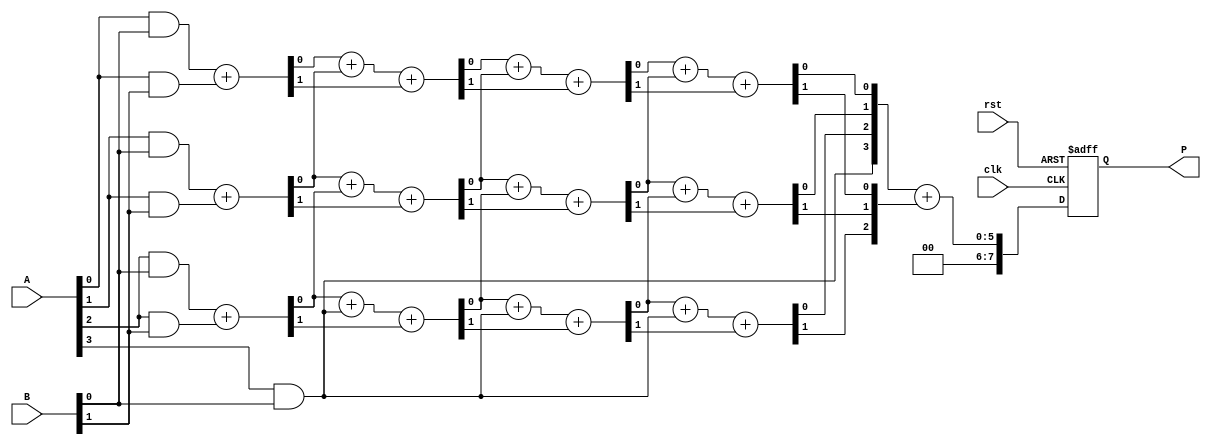
module WallaceTreeMultiplier #(parameter n = 4) (
    input  [n-1:0] A,
    input  [n-1:0] B,
    input  clk,
    input  rst,
    output reg [2*n-1:0] P
);

    reg [n-1:0] partial_products[n-1:0];
    wire [n:0] sum[n-1:0];
    wire [n-1:0] carry[n-1:0];

    // Generate Partial Products
    generate
        genvar i, j;
        for (i = 0; i < n; i = i + 1) begin : partial_product_gen
            for (j = 0; j < n; j = j + 1) begin : pp_gen
                assign partial_products[i][j] = A[j] & B[i];
            end
        end
    endgenerate

    // Wallace Tree Reduction
    // Stage 0: Assign the first level of sums and carries
    genvar k;
    generate
        for (k = 0; k < n; k = k + 1) begin : reduction_stage_0
            if (k < n-1) begin
                assign {carry[0][k], sum[0][k]} = partial_products[0][k] + partial_products[1][k];
            end else begin
                assign sum[0][k] = partial_products[0][k];
                assign carry[0][k] = 0;
            end
        end
    endgenerate

    // Subsequent Reduction Stages
    genvar stage;
    for (stage = 1; stage < n; stage = stage + 1) begin : reduction_stages
        for (k = 0; k < n; k = k + 1) begin : reduction
            if (k < n-1) begin
                assign {carry[stage][k], sum[stage][k]} = sum[stage-1][k] + sum[stage-1][k+1] + carry[stage-1][k];
            end else begin
                assign sum[stage][k] = sum[stage-1][k];
                assign carry[stage][k] = carry[stage-1][k];
            end
        end
    end

    // Final Addition
    always @(posedge clk or posedge rst) begin
        if (rst) begin
            P <= 0;
        end else begin
            P <= sum[n-1] + carry[n-1];
        end
    end

endmodule